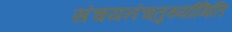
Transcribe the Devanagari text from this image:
संचयनंचतुर्थ्यामिति